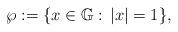
LaTeX: \begin{align*}\wp:=\{x\in \mathbb{G}:\,|x|=1\},\end{align*}